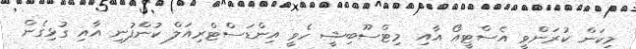
މިކަން ކުރަންވީ އެސްޓީއޯ އާއި މިޓްސޫބިޝީ ހެވީ އިންޑަސްޓްރިއަލް ކުންފުނި އާއި ގުޅިގެން